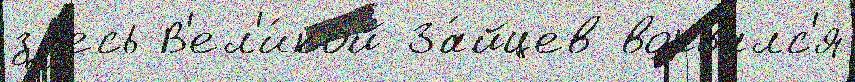
зд'есь В'ел'и́кой За́йцев ворвалс'я